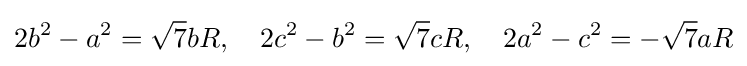
2b^{2}-a^{2}={\sqrt {7}}bR,\quad 2c^{2}-b^{2}={\sqrt {7}}cR,\quad 2a^{2}-c^{2}=-{\sqrt {7}}aR